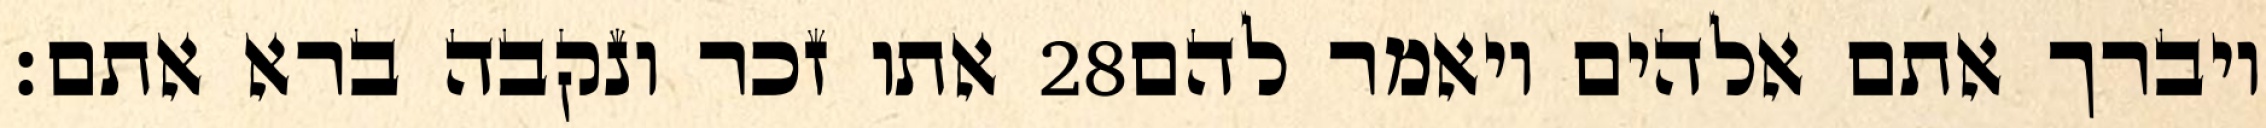
אתו זכר ונקבה ברא אתם׃ ‎28‏ ויברך אתם אלהים ויאמר להם